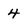
Character: 4